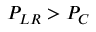
P _ { L R } > P _ { C }